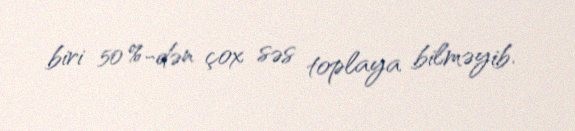
biri 50 %-dən çox səs toplaya bilməyib.